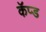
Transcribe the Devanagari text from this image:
कॅप्ड